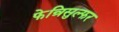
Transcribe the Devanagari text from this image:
फेन्रिसुल्फर